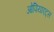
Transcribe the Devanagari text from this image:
ओपियाएट्स